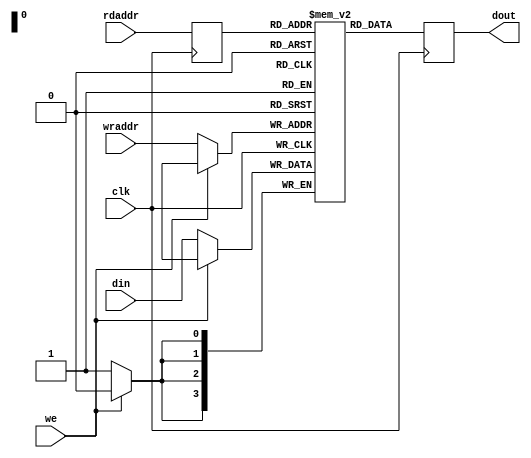

module ldpc_ram_behav #(
  parameter WIDTH     = 4,
  parameter LOG2DEPTH = 4
)(
  input                clk,
  input                we,
  input[WIDTH-1:0]     din,
  input[LOG2DEPTH-1:0] wraddr,
  input[LOG2DEPTH-1:0] rdaddr,
  output[WIDTH-1:0]    dout
);

reg[WIDTH-1:0]     storage[0:2**LOG2DEPTH -1];
reg[LOG2DEPTH-1:0] addr_del;
reg[WIDTH-1:0]     dout_int;

assign dout = dout_int;

always @( posedge clk )
begin
  if( !we )
    storage[wraddr] <= din;
  
  addr_del <= rdaddr;
  
  dout_int <= storage[addr_del];
end

endmodule